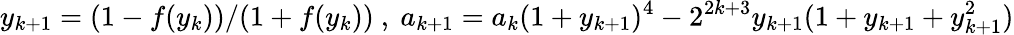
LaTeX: y_{k+1}=(1-f(y_{k}))/(1+f(y_{k}))~,~a_{k+1}=a_{k}(1+y_{k+1})^{4}-2^{2k+3}y_{k+1}(1+y_{k+1}+y_{k+1}^{2})